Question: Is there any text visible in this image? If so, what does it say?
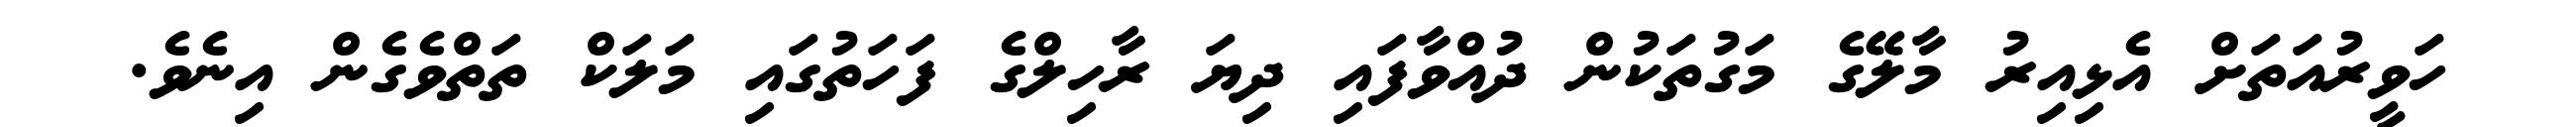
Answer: ހަވީރުއަތަށް އެޅިއިރު މާލޭގެ މަގުތަކުން ދުއްވާފައި ދިޔަ ރާހިލްގެ ފަހަތުގައި މަލަކް ތަތްވެގެން އިނެވެ.